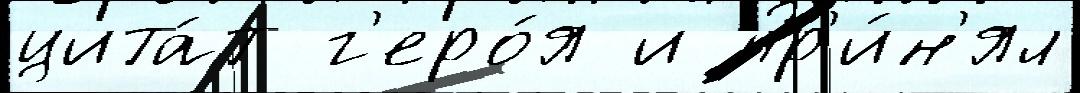
цита́т г'еро́я и пр'и́н'ял